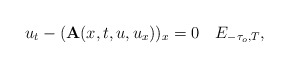
\begin{align*}u_t-(\mathbf A(x,t,u,u_x))_x=0\quad E_{-\tau_o,T},\end{align*}